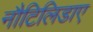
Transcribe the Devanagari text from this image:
नौटिलिडाए